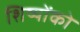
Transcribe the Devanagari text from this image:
शिष्योंको